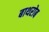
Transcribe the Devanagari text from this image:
बाथरोब